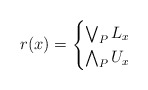
\begin{align*}r(x) &=\begin{cases}\bigvee_P L_x & \\\bigwedge_P U_x & \end{cases}\end{align*}